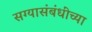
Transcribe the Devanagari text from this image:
सग्यासंबंधींच्या